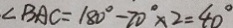
\angle B A C = 1 8 0 ^ { \circ } - 2 0 ^ { \circ } \times 2 = 4 0 ^ { \circ }